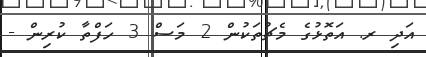
އަދި ރ. އަތޮޅުގެ މެޗުތަކުން 2 މަސް 3 ހަފްތާ ކުރިން -